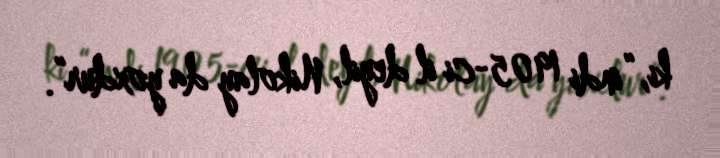
ki, “indi 1905-ci il deyil, Nikolay da yoxdur”.